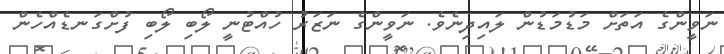
ނަވީންގެ އަތަށް މަޑުމަޑުން ލައިދިނެވެ. ނަވީންގެ ނަޒަރު ހުއްޓުނީ ލޯބި ލޯބި ފުށްގަނޑެއްހެން